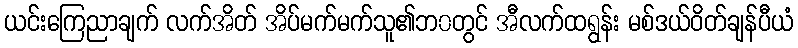
ယင်းကြေညာချက် လက်အိတ် အိပ်မက်မက်သူ၏ဘ၀တွင် အီလက်ထရွန်း မစ်ဒယ်ဝိတ်ချန်ပီယံ